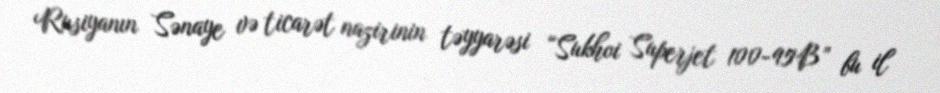
Rusiyanın Sənaye və ticarət nazirinin təyyarəsi “Sukhoi Superjet 100-95B” bu il